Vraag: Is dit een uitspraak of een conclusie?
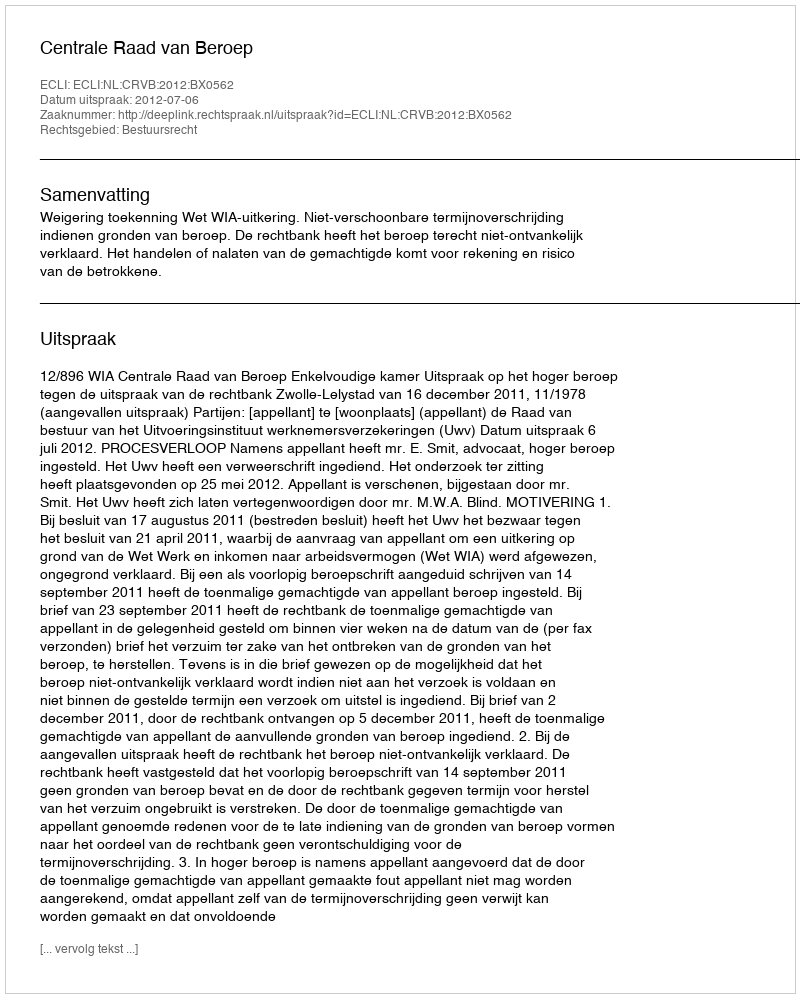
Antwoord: Uitspraak